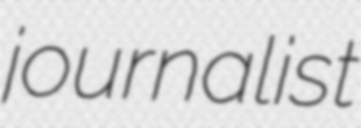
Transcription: journalist